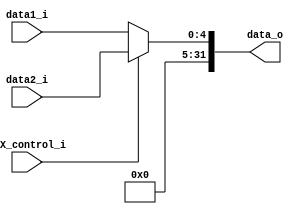
`timescale 1ns / 1ps

module MUX4(
        data1_i,
        data2_i,
        MUX_control_i,
        data_o
    );
    
    input [4:0] data1_i, data2_i;
    input MUX_control_i;
    
    output wire [31:0] data_o;
    
    assign data_o = MUX_control_i ? data2_i : data1_i;
    
    
endmodule